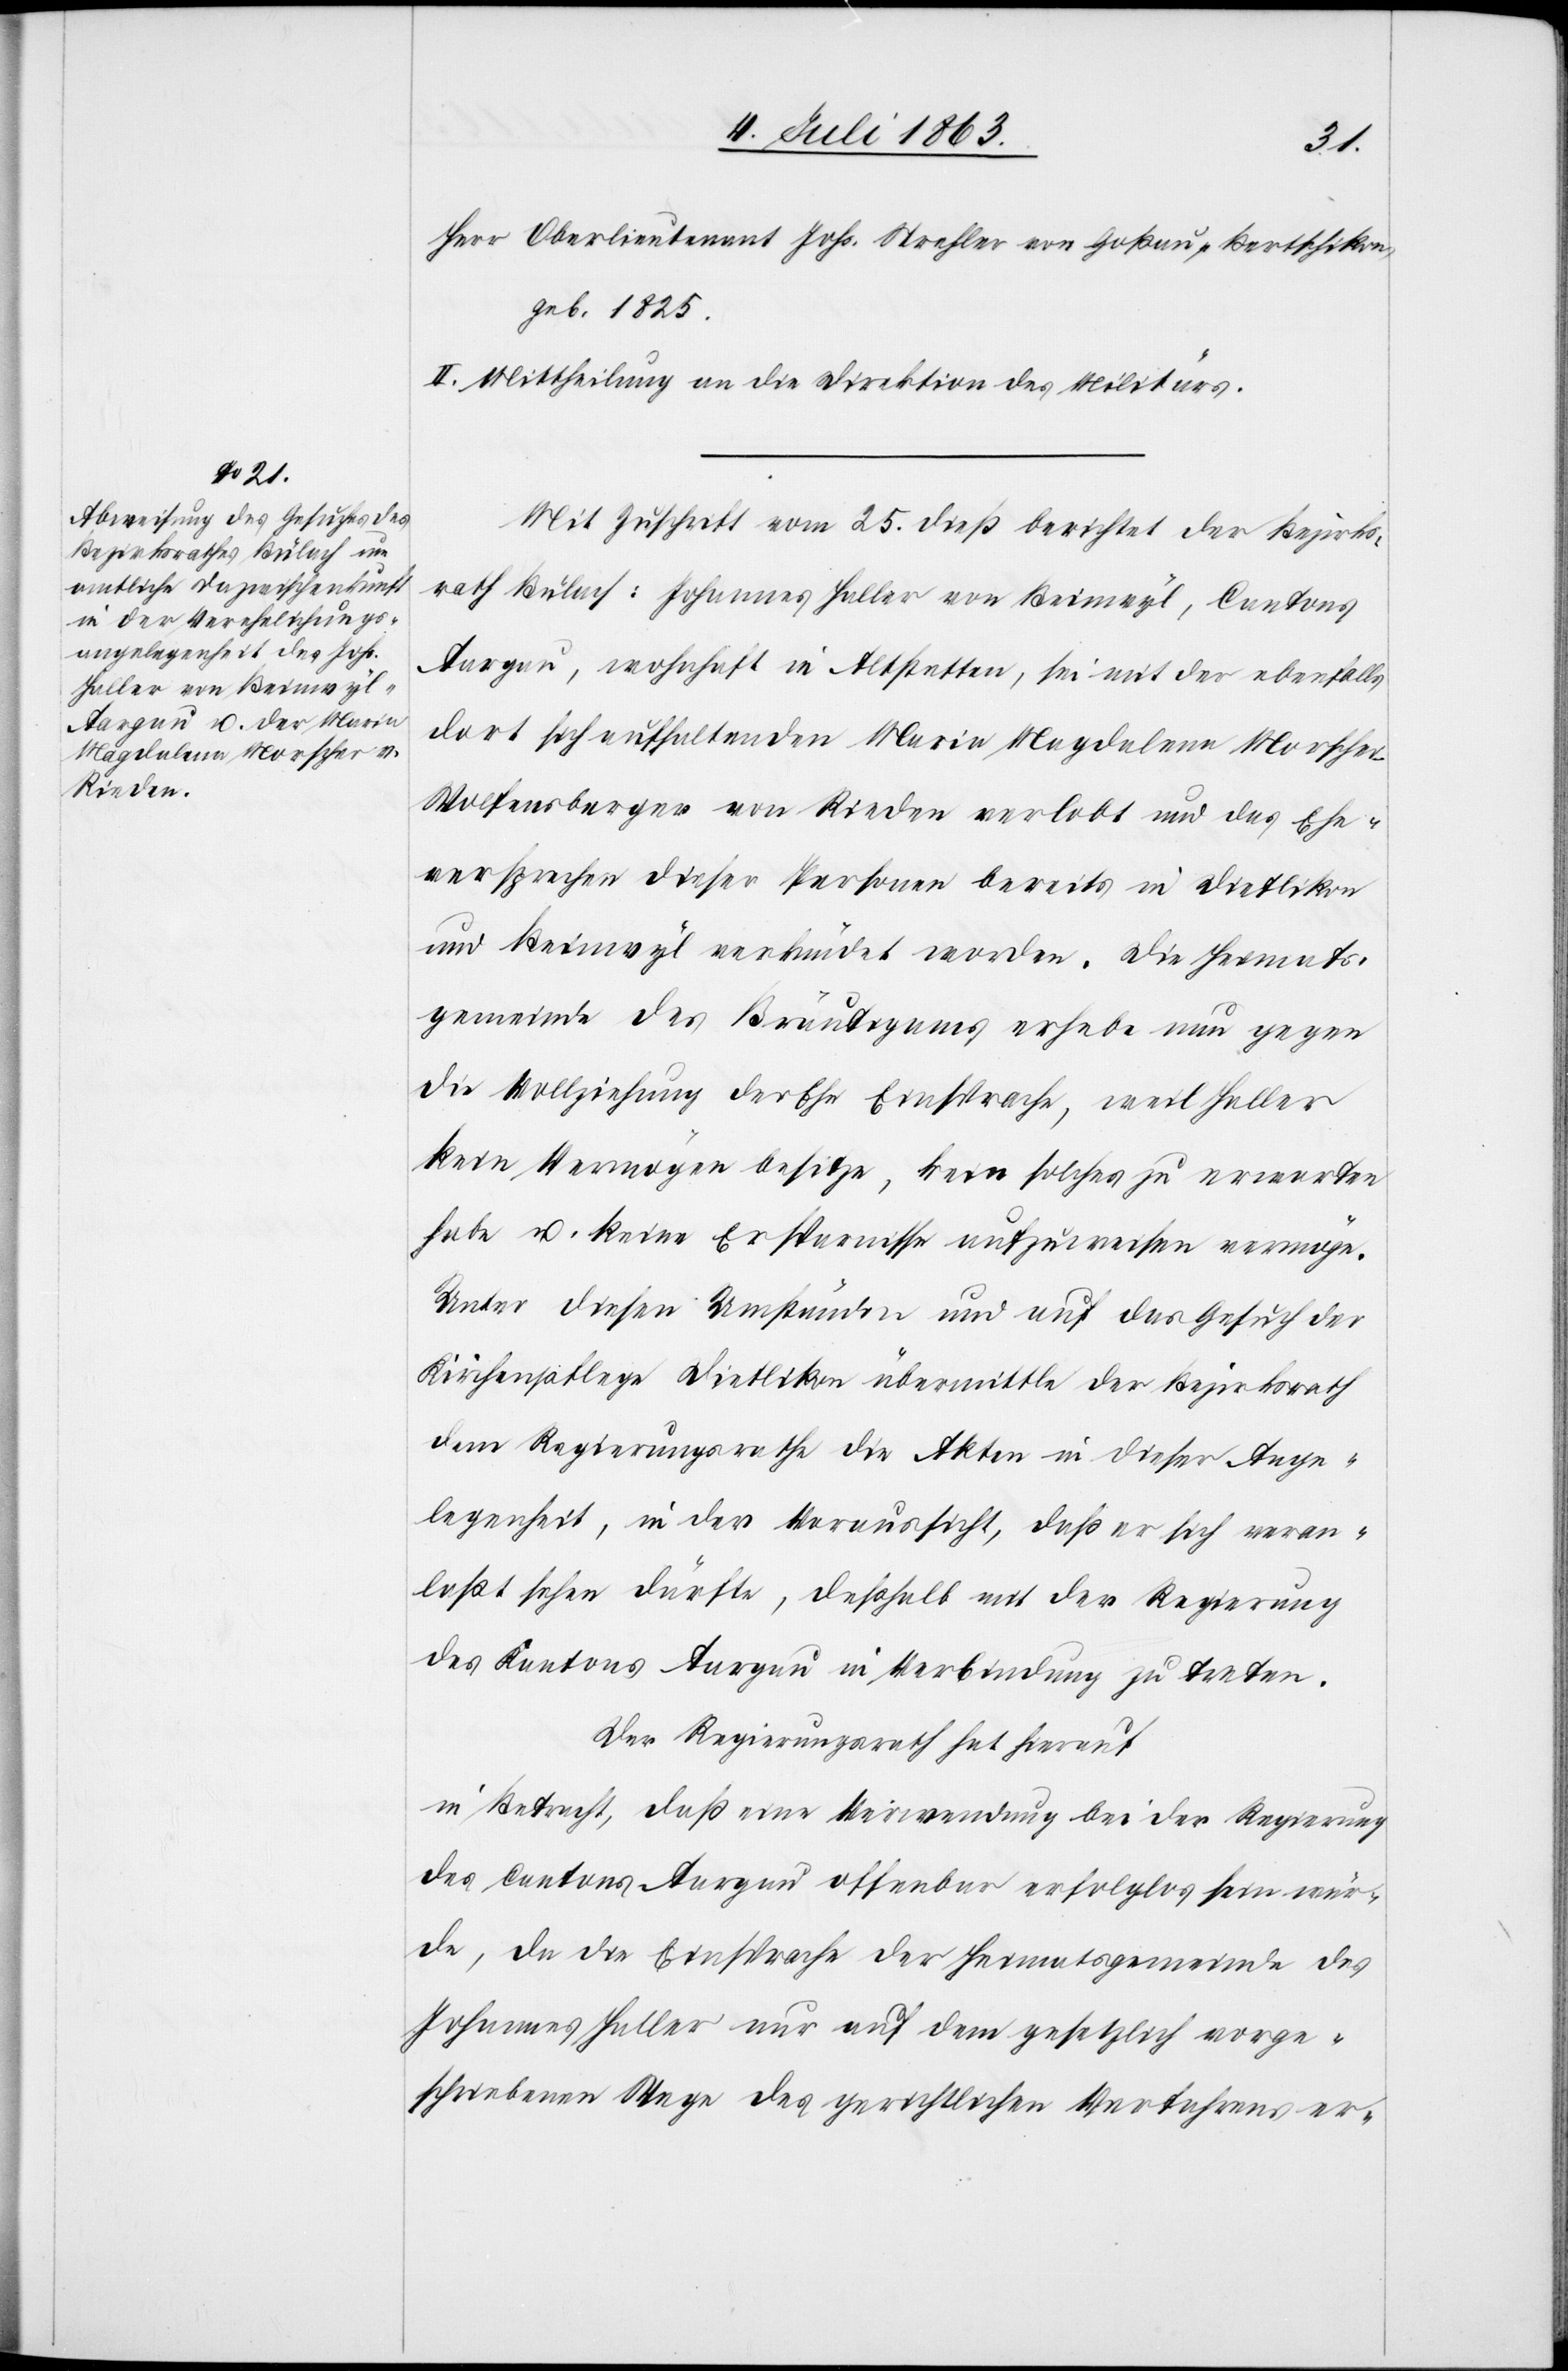
Herr Oberlieutenant Johs. Strehler von Goßau-Bertschikon,
geb. 1825.
II. Mittheilung an die Direktion des Militärs.
Mit Zuschrift vom 25. dieß berichtet der Bezirks¬
rath Bülach: Johannes Haller von Beinwyl, Cantons
Aargau, wohnhaft in Altstetten, sei mit der ebenfalls
dort sich aufhaltenden Maria Magdalena Morsche¬
r-Wolfensberger von Rieden verlobt und das Ehe¬
versprechen dieser Personen bereits in Dietlikon
und Beinwyl verkündet worden. Die Heimats¬
gemeinde des Bräutigams erhebe nun gegen
die Vollziehung der Ehe Einsprache, weil Haller
kein Vermögen besitze, kein solches zu erwarten
habe u. keine Ersparnisse aufzuweisen vermöge.
Unter diesen Umständen und auf das Gesuch der
Kirchenpflege Dietlikon übermittle der Bezirksrath
dem Regierungsrath die Akten in dieser Ange¬
legenheit, in der Voraussicht, daß er sich veran¬
laßt sehen dürfte, deßhalb mit der Regierung
des Kantons Aargau in Verbindung zu treten.
Der Regierungsrath hat hierauf
in Betracht, daß eine Verwendung bei der Regierung
des Cantons Aargau offenbar erfolglos sein wür¬
de, da die Einsprache der Heimatsgemeinde des
Johannes Haller nur auf dem gesetzlich vorge¬
schriebenen Wege des gerichtlichen Verfahrens er-